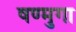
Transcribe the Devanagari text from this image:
षण्मुगा